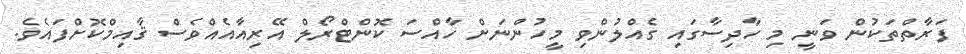
ފަރާތްތަކުން ވަނީ މި ހާދިސާގައި ގެއްލުންވި މީހުންނަށް ހާއްސަ ކޮންޓްރޯލް އޭރިއާއެއްވެސް ޤާއިމްކޮށްފައެވެ.